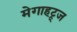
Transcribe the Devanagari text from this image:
मेगाहट्र्ज